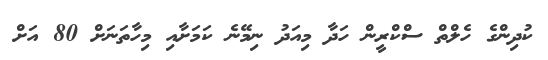
ކުދިންގެ ހެލްތް ސްކްރީން ހަދާ މިއަދު ނިމޭނެ ކަމަށާއި މިހާތަނަށް 80 އަށް